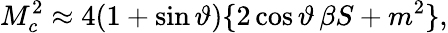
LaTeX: M_{c}^{2}\approx 4(1+\sin\vartheta)\{ 2\cos\vartheta\, \beta S+m^{2}\} ,